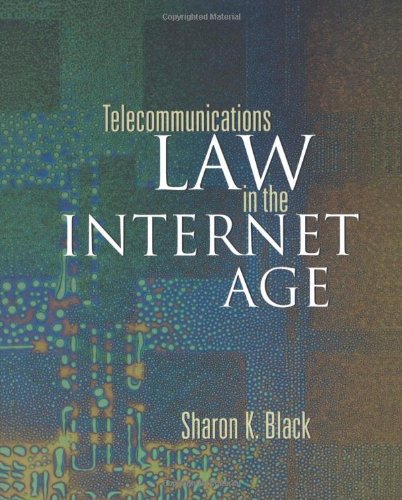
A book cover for Telecommunications Law in the Internet Age (The Morgan Kaufmann Series in Networking); Sharon K. Black; Law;